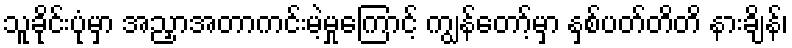
သူခိုင်းပုံမှာ အညှာအတာကင်းမဲ့မှုကြောင့် ကျွန်တော့်မှာ နှစ်ပတ်တိတိ နားချိန်၊